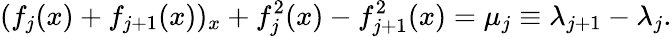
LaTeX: (f_{j}(x)+f_{j+1}(x))_{x}+f_{j}^{2}(x)-f_{j+1}^{2}(x)=\mu_{j}\equiv\lambda_{j+1}-\lambda_{j}.